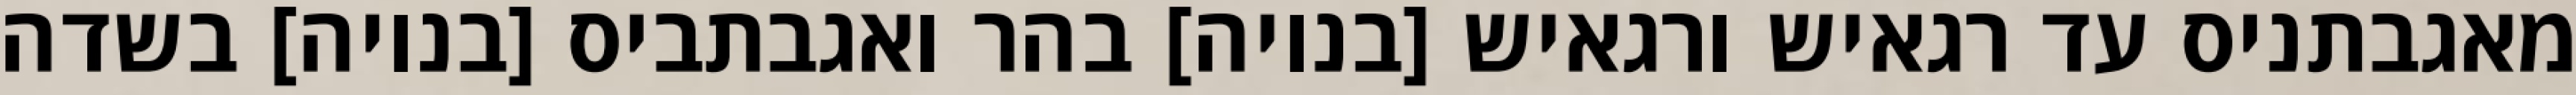
מאגבתניס עד רגאיש ורגאיש [בנויה] בהר ואגבתביס [בנויה] בשדה